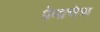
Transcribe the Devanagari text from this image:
प्रेमाचेच